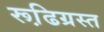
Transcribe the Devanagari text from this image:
रूढि़ग्रस्त